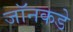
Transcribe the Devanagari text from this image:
जॉनकडे